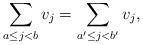
LaTeX: \begin{align*}\sum_{a\leq j < b}v_j=\sum_{a'\leq j <b'}v_j,\end{align*}